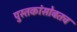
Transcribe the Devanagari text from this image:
पुस्तकांसोबतच